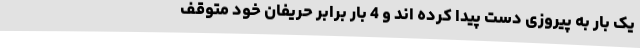
یک بار به پیروزی دست پیدا کرده اند و 4 بار برابر حریفان خود متوقف